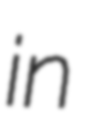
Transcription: in